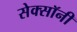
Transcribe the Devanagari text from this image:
सेक्सॉनी